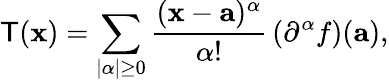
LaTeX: \mathsf{T}(\mathbf{{x}})=\sum_{|\alpha|\geq0}{\frac{{(\mathbf{{x}}-\mathbf{{a}})^{\alpha}}}{{\alpha!}}}\left({\mathrm{{\partial}}^{\alpha}}f\right)(\mathbf{{a}}),